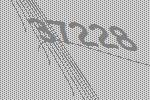
37228